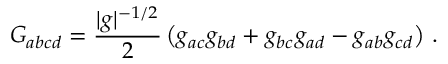
G _ { a b c d } = \frac { \vert g \vert ^ { - 1 / 2 } } { 2 } \left( g _ { a c } g _ { b d } + g _ { b c } g _ { a d } - g _ { a b } g _ { c d } \right) \, .